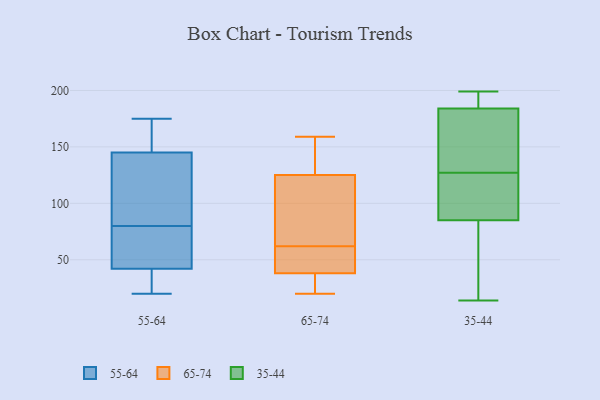
{"axis": {"x": "Backlog", "y": "Value"}, "legend": ["35-44", "55-64", "65-74"], "data": [{"x": "", "y": 29, "type": "55-64"}, {"x": "", "y": 42, "type": "55-64"}, {"x": "", "y": 175, "type": "55-64"}, {"x": "", "y": 43, "type": "55-64"}, {"x": "", "y": 121, "type": "55-64"}, {"x": "", "y": 170, "type": "55-64"}, {"x": "", "y": 145, "type": "55-64"}, {"x": "", "y": 46, "type": "55-64"}, {"x": "", "y": 20, "type": "55-64"}, {"x": "", "y": 114, "type": "55-64"}, {"x": "", "y": 159, "type": "65-74"}, {"x": "", "y": 47, "type": "65-74"}, {"x": "", "y": 133, "type": "65-74"}, {"x": "", "y": 66, "type": "65-74"}, {"x": "", "y": 49, "type": "65-74"}, {"x": "", "y": 153, "type": "65-74"}, {"x": "", "y": 77, "type": "65-74"}, {"x": "", "y": 44, "type": "65-74"}, {"x": "", "y": 125, "type": "65-74"}, {"x": "", "y": 58, "type": "65-74"}, {"x": "", "y": 38, "type": "65-74"}, {"x": "", "y": 35, "type": "65-74"}, {"x": "", "y": 125, "type": "65-74"}, {"x": "", "y": 20, "type": "65-74"}, {"x": "", "y": 120, "type": "65-74"}, {"x": "", "y": 38, "type": "65-74"}, {"x": "", "y": 144, "type": "65-74"}, {"x": "", "y": 37, "type": "65-74"}, {"x": "", "y": 65, "type": "35-44"}, {"x": "", "y": 56, "type": "35-44"}, {"x": "", "y": 185, "type": "35-44"}, {"x": "", "y": 184, "type": "35-44"}, {"x": "", "y": 183, "type": "35-44"}, {"x": "", "y": 199, "type": "35-44"}, {"x": "", "y": 127, "type": "35-44"}, {"x": "", "y": 184, "type": "35-44"}, {"x": "", "y": 105, "type": "35-44"}, {"x": "", "y": 80, "type": "35-44"}, {"x": "", "y": 14, "type": "35-44"}, {"x": "", "y": 108, "type": "35-44"}, {"x": "", "y": 58, "type": "35-44"}, {"x": "", "y": 100, "type": "35-44"}, {"x": "", "y": 181, "type": "35-44"}, {"x": "", "y": 190, "type": "35-44"}, {"x": "", "y": 124, "type": "35-44"}, {"x": "", "y": 198, "type": "35-44"}, {"x": "", "y": 156, "type": "35-44"}]}